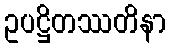
ဥပဋ္ဌိတဿတိနာ